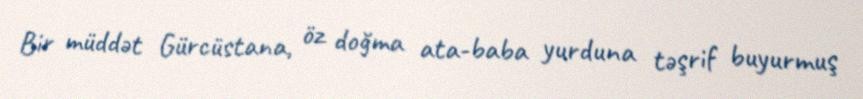
Bir müddət Gürcüstana, öz doğma ata-baba yurduna təşrif buyurmuş